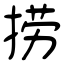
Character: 捞